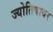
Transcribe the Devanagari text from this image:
ज्योतिषावर